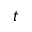
t